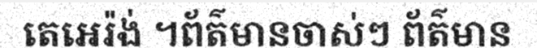
តេអេរ៉ង់ ។ព័ត៌មានចាស់ៗ ព័ត៌មាន